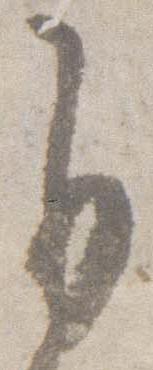
自